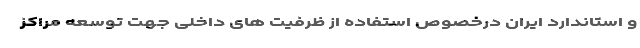
و استاندارد ایران درخصوص استفاده از ظرفیت های داخلی جهت توسعه مراکز